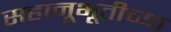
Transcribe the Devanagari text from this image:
सहानूभूतीच्या